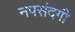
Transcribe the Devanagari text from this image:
नपसंदगी